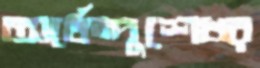
অর্ধেন্দুশেখর